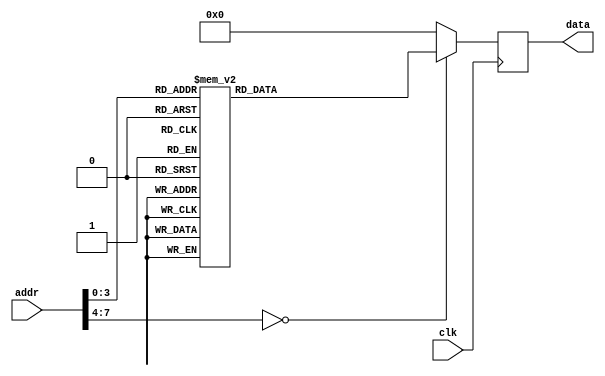
/* verilator lint_off UNUSED */
/* verilator lint_off UNDRIVEN */
/* verilator lint_off UNOPTFLAT */
`timescale 1ns / 1ps
module rom #(
        parameter   DATA_WIDTH = 16,
        parameter   ADDR_WIDTH = 8          // 2 * 1024 bytes of ROM
    )(
        input  wire                  clk,
        input  wire [ADDR_WIDTH-1:0] addr,  // here comes the program counter
        output  reg [DATA_WIDTH-1:0] data   // here goes the instruction
    );

    reg [DATA_WIDTH-1:0] value;

    
    always @* begin
        case (addr)
		  
		  	/* Attention! For exercices 1, 2, 3 and 4 leave the ROM unchanged to
			  benefit from debug messages.

			  P.S. You can add instr. starting with address 16.
			*/
			
		  	/* DONE 5: Change the ROM with the instr. in the description. Use
			  avrasm.jar to convert assembly to machine code.
			*/		
		
		/*	 ldi 	r16, 5 		*/
		0:	value = 16'b1110000000000101;
		
		/*	 ldi 	r17, 15 		*/
		1:		value = 16'b1110000000011111;
		
		/*	 push 	r16 		*/
		2:		value = 16'b1001001100001111;
		
		/*	 push 	r17 		*/
		3:		value = 16'b1001001100011111;
		
		/*	 mov 	r30, r16 		*/
		4:		value = 16'b0010111111100000;
		
		/*	 sub 	r30, r17 		*/
		5:		value = 16'b0001101111100001;
		
		/*	 breq 	gigel_is_done 		*/
		6:		value = 16'b1111000000101001;
		
		/*	 brmi 	r17_is_greater 		*/
		7:		value = 16'b1111000000010010;
		
		/*	 sub 	r16, r17 		*/
		8:		value = 16'b0001101100000001;
		
		/*	 rjmp 	main_loop 		*/
		9:		value = 16'b1100111111111010;
		
		/*	 sub 	r17, r16 		*/
		10:		value = 16'b0001101100010000;
		
		/*	 rjmp 	main_loop 		*/
		11:		value = 16'b1100111111111000;
		
		/*	 push 	r16 		*/
		12:		value = 16'b1001001100001111;
		
		/*	 pop 	r20 		*/
		13:		value = 16'b1001000101001111;
		
		/*	 pop 	r21 		*/
		14:		value = 16'b1001000101011111;
		
		/*	 pop 	r22 		*/
		15:		value = 16'b1001000101101111;
		
		default:		value = 16'b0000000000000000;


        endcase
    end

    always @(negedge clk) begin
        data <= value;
    end

endmodule